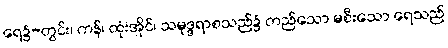
ရေ၌-တွင်း၊ ကန်၊ ထုံးအိုင်၊ သမုဒ္ဒရာစသည်၌ တည်သော မစီးသော ရေသည်